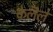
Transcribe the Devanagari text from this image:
केलॆले